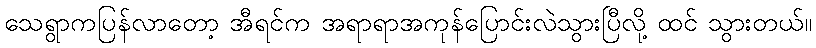
သေရွာကပြန်လာတော့ အီရင်က အရာရာအကုန်ပြောင်းလဲသွားပြီလို့ ထင် သွားတယ်။